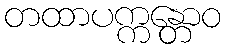
တထာပက္ကန္တောဝ